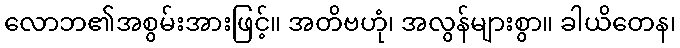
လောဘ၏အစွမ်းအားဖြင့်။ အတိဗဟုံ၊ အလွန်များစွာ။ ခါယိတေန၊